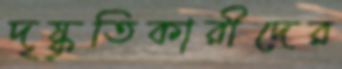
দৃষ্কৃতিকারীদের